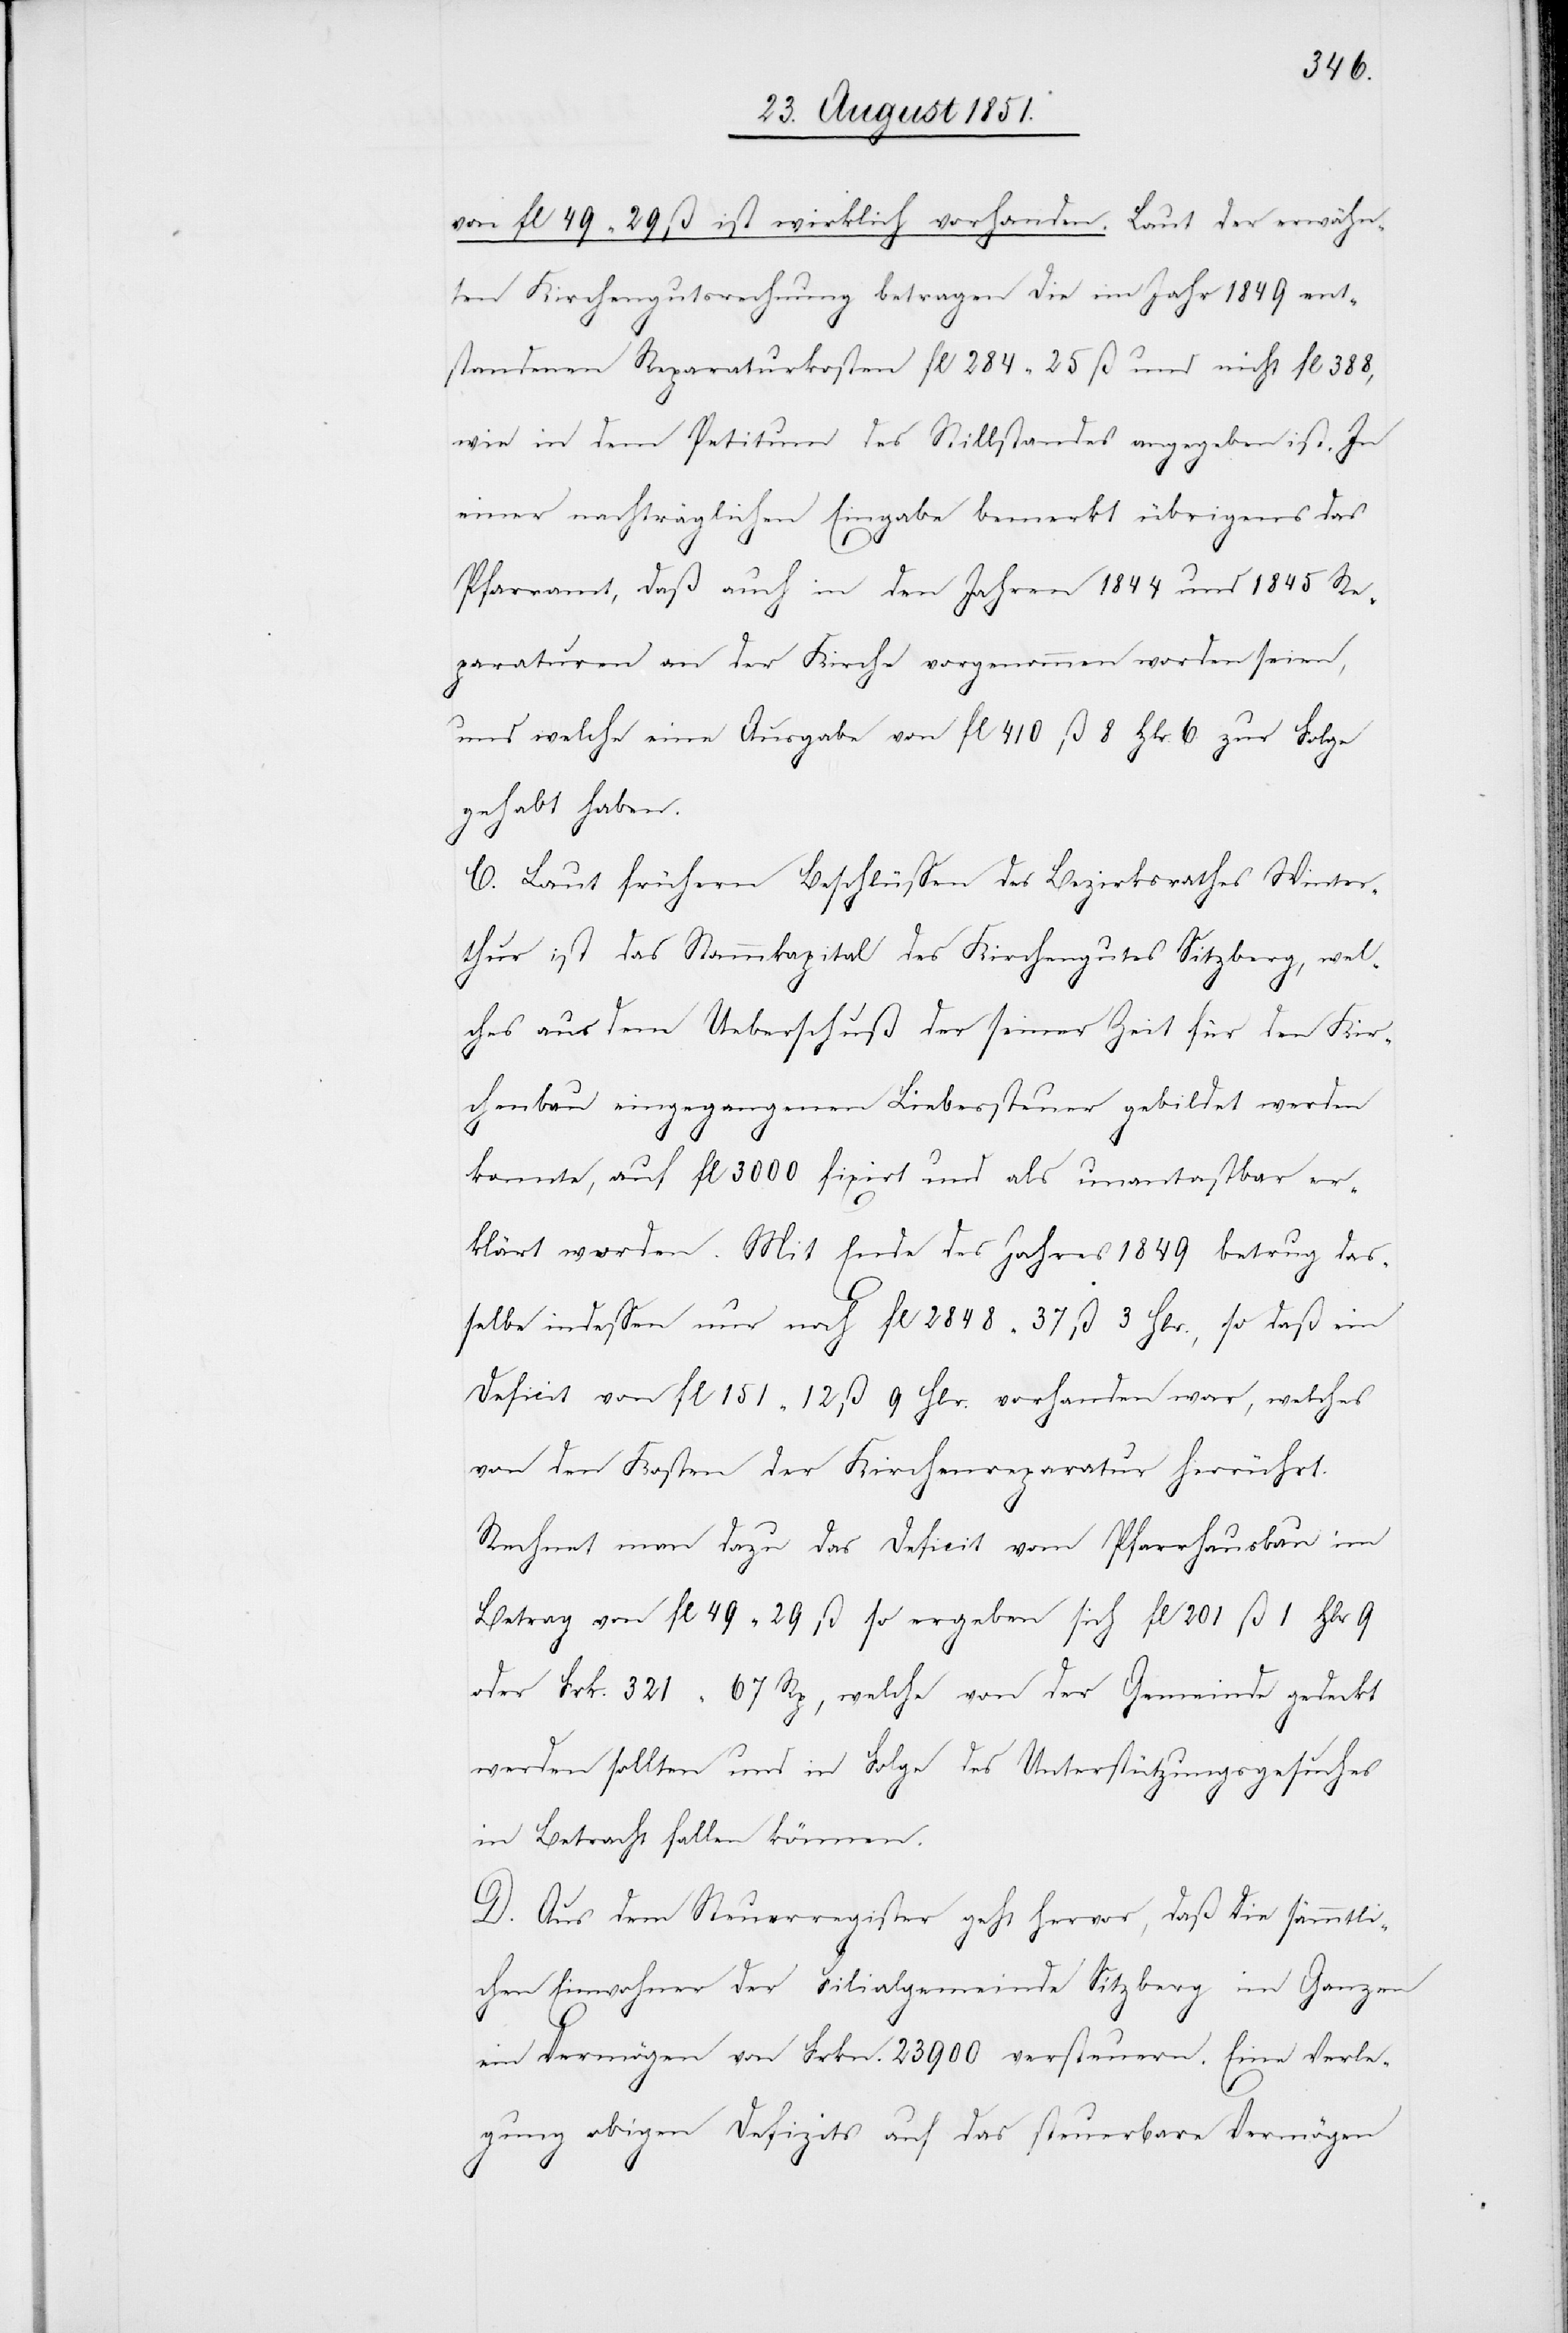
von fl 49 29 ß ist wirklich vorhanden. Laut der erwähn¬
ten Kirchengutsrechnung betragen die im Jahr 1849 ent¬
standenen Reparaturkosten fl 284 25 ß und nicht fl 388,
wie in dem Petitum des Stillstandes angegeben ist. In
einer nachträglichen Eingabe bemerkt übrigens das
Pfarramt, daß auch in den Jahren 1844 und 1845 Re¬
paraturen an der Kirche vorgenommen worden seien,
und welche eine Ausgabe von fl 410 ß 8 Hlr. 6 zur Folge
gehabt haben.
C. Laut frühern Beschlüssen des Bezirksrathes Winter¬
thur ist das Stammkapital des Kirchengutes Sitzberg, wel¬
ches aus dem Ueberschuß der seiner Zeit für den Kir¬
chenbau eingegangenen Liebessteuer gebildet werden
konnte, auf fl 3000 fixirt und als unantastbar er¬
klärt worden. Mit Ende des Jahres 1849 betrug das¬
selbe indessen nur noch fl 2848 37 ß 3 Hlr., so daß ein
Deficit von fl 151 12 ß 9 Hlr. vorhanden war, welches
von den Kosten der Kirchenreparatur herrührt.
Rechnet man dazu das Deficit vom Pfarrhausbau im
Betrag von fl 49 29 ß so ergeben sich fl 201 ß 1 Hlr 9
oder Frk. 321 67 Rp, welche von der Gemeinde gedeckt
werden sollten und in Folge des Unterstützungsgesuches
in Betracht fallen können.
D. Aus dem Steuerregister geht hervor, daß die sämmtli¬
chen Einwohner der Filialgemeinde Sitzberg im Ganzen
ein Vermögen von Frkn. 23 900 versteuern. Eine Verle¬
gung obigen Defizits auf das steuerbare Vermögen